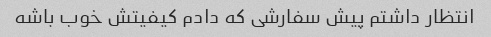
انتظار داشتم پیش سفارشی که دادم کیفیتش خوب باشه